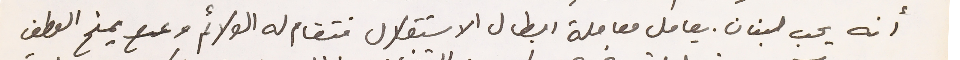
أنه يحب لبنان. يعامل معاملة ابطال الاستقلال فتقام له الولائم ويمنح العطف